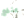
ينفع